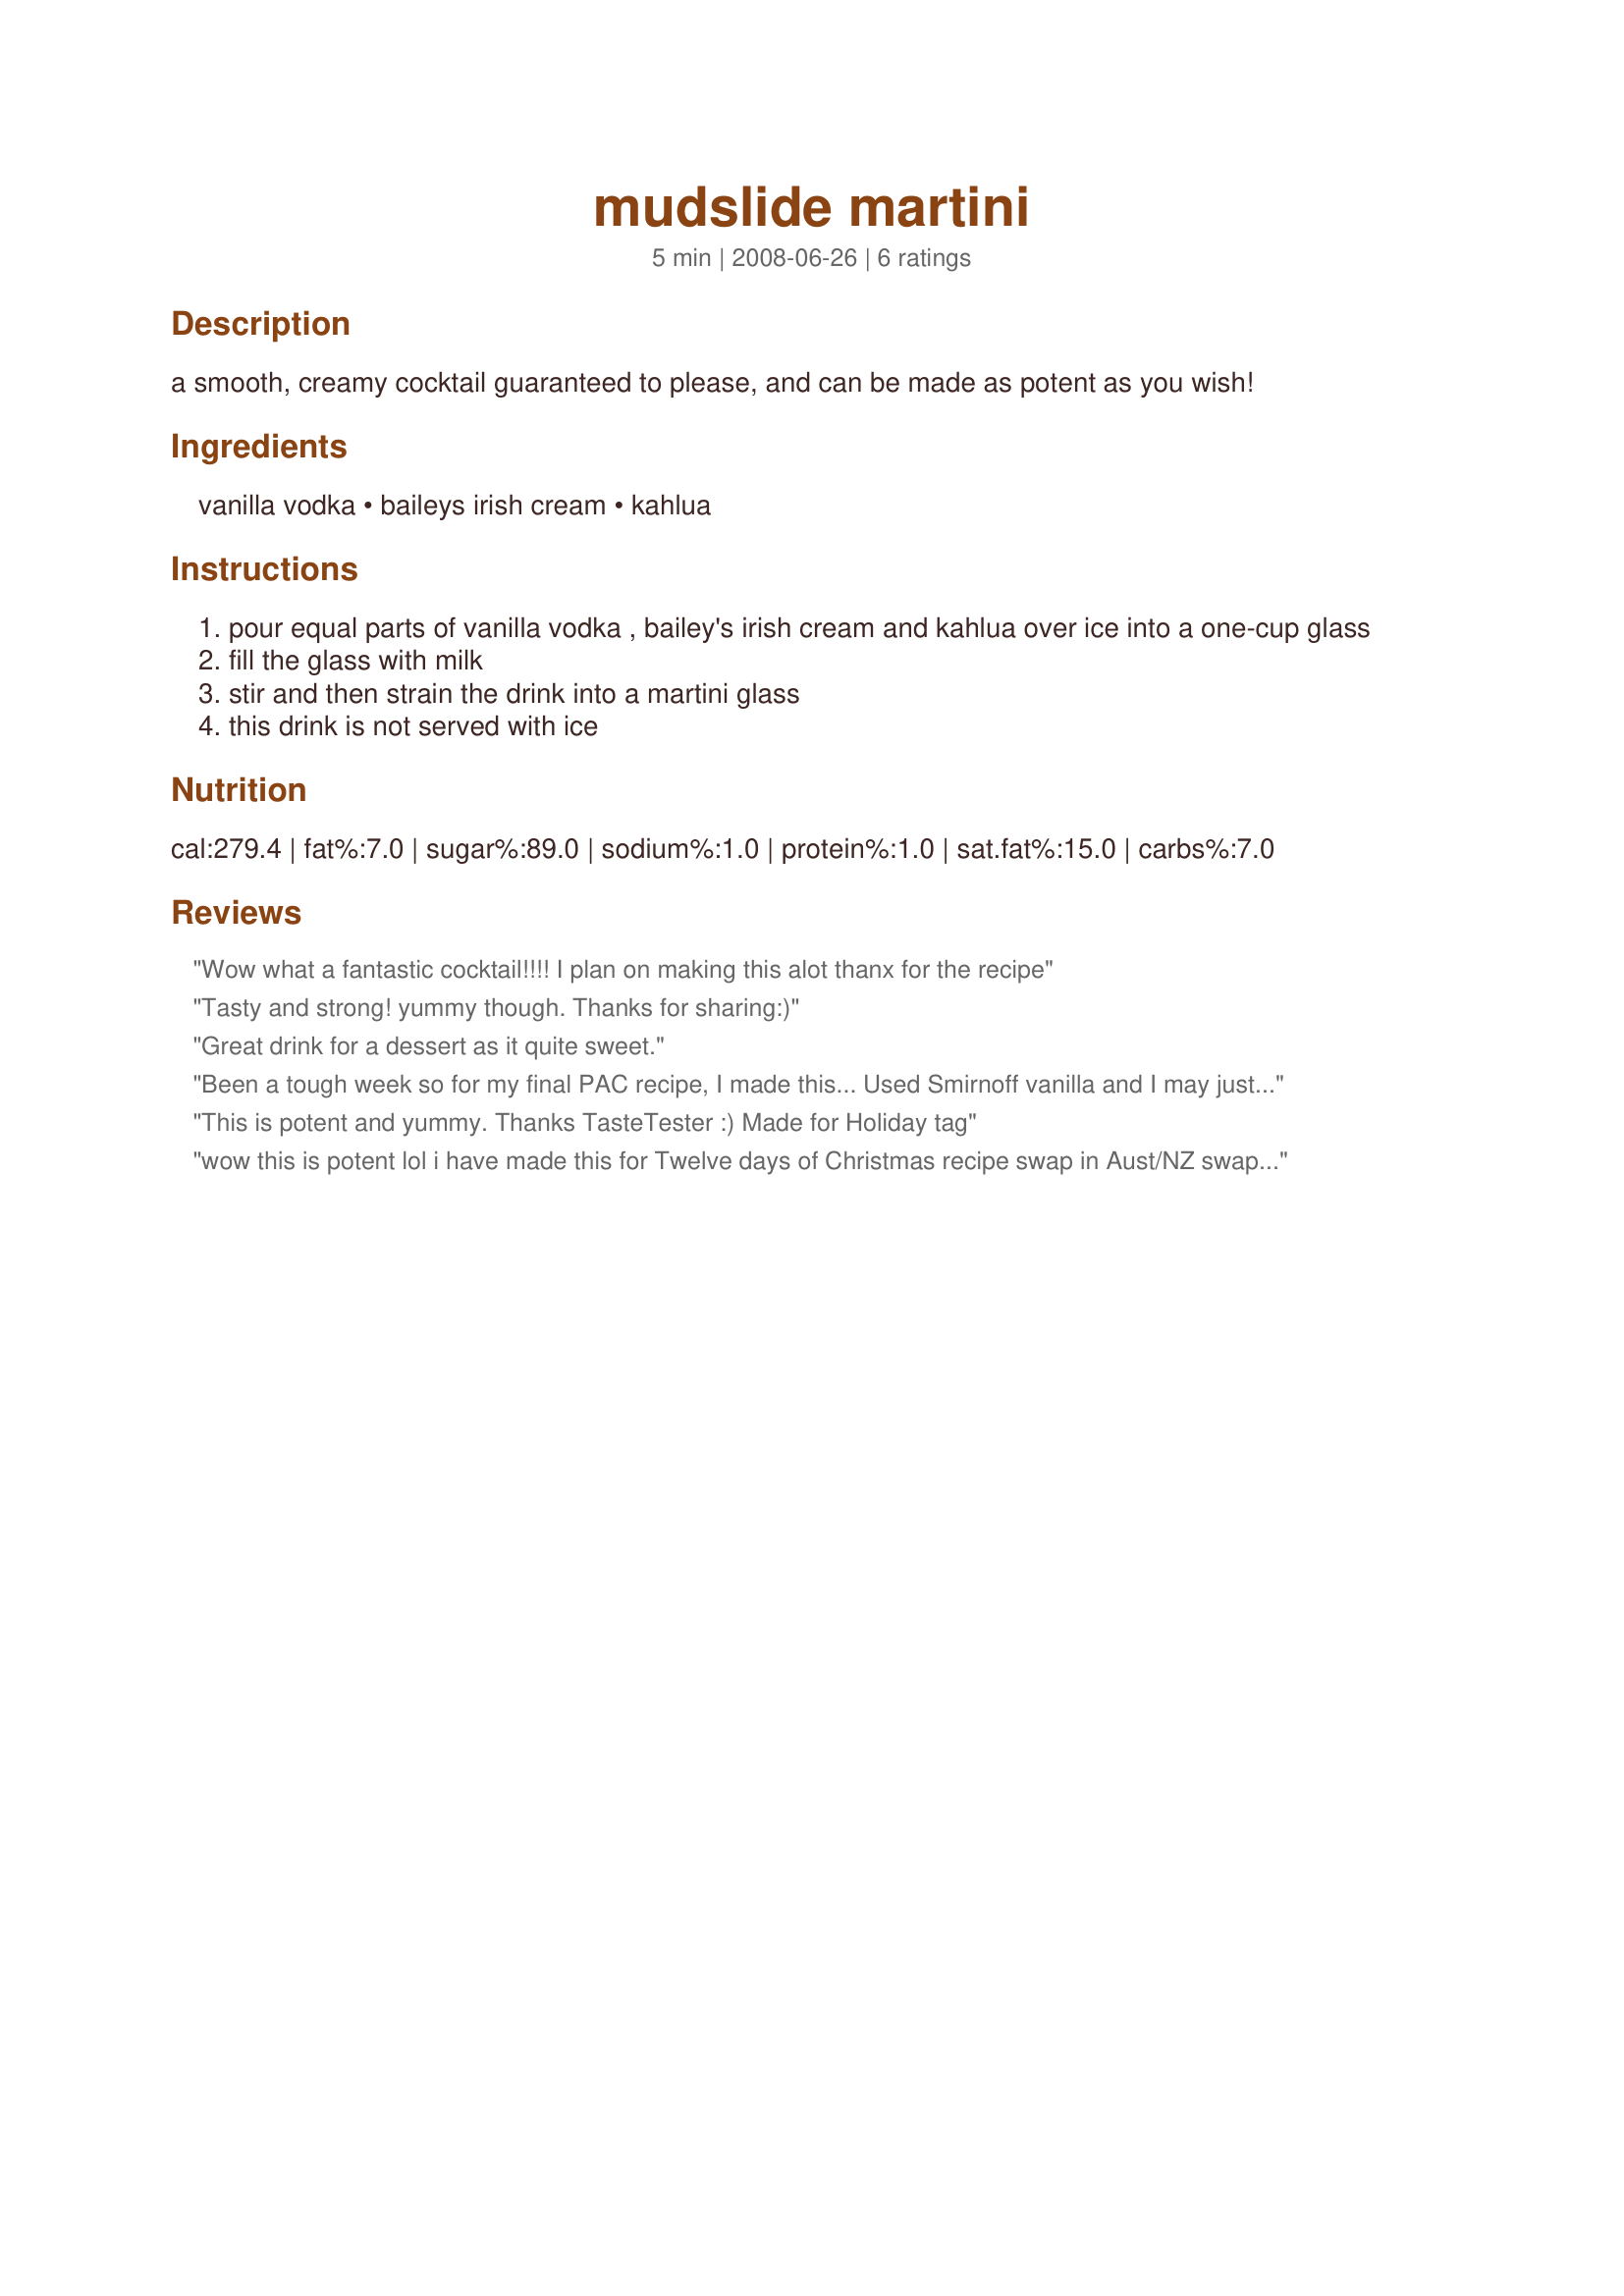
mudslide martini
Preparation time: 5 minutes

a smooth, creamy cocktail guaranteed to please, and can be made as potent as you wish!

Ingredients:
vanilla vodka, baileys irish cream, kahlua

Steps:
pour equal parts of vanilla vodka , bailey's irish cream and kahlua over ice into a one-cup glass
fill the glass with milk
stir and then strain the drink into a martini glass
this drink is not served with ice

Reviews:
Wow what a fantastic cocktail!!!! I plan on making this alot thanx for the recipe
Tasty and strong! yummy though. Thanks for sharing:)
Great drink for a dessert as it quite sweet.
Been a tough week so for my final PAC recipe, I made this... Used Smirnoff vanilla and I may just make another :) Made for PAC Spring '12
This is potent and yummy. Thanks TasteTester :) Made for Holiday tag
wow this is potent lol
i have made this for Twelve days of Christmas recipe swap in Aust/NZ swap
i love it all my favorite stuff put together lol :P
thanks heaps
